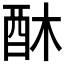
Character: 𮠛